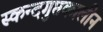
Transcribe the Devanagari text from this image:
स्कन्दगुप्तकालीन